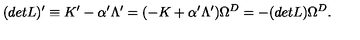
( d e t L ) ^ { \prime } \equiv K ^ { \prime } - \alpha ^ { \prime } \Lambda ^ { \prime } = ( - K + \alpha ^ { \prime } \Lambda ^ { \prime } ) \Omega ^ { D } = - ( d e t L ) \Omega ^ { D } .